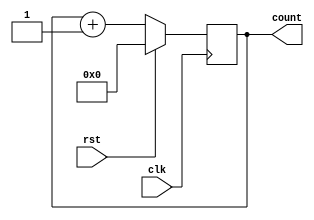
module accumulator(input clk, input rst, output reg [7:0] count);
	
    always @ (posedge clk) begin
        if(!rst) begin
            count <= count + 1;
        end
        else begin
            count <= 8'b00000000;
        end
    end
endmodule